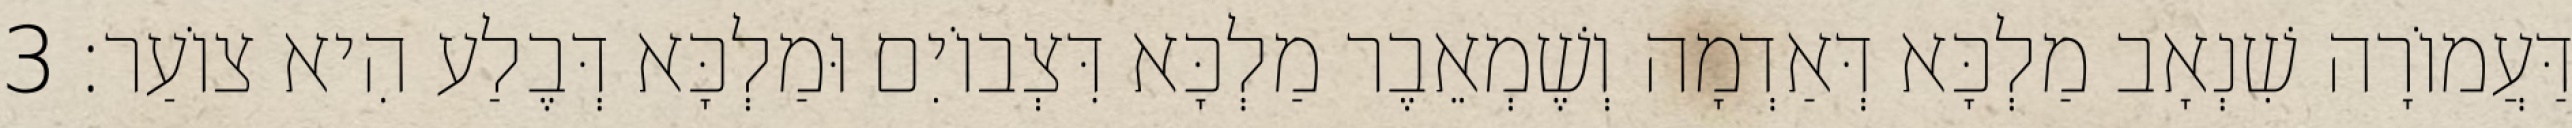
דַּעֲמוֹרָה שִׁנְאָב מַלְכָּא דְּאַדְמָה וְשֶׁמְאֵבֶר מַלְכָּא דִּצְבוֹיִם וּמַלְכָּא דְּבֶלַע הִיא צוֹעַר׃ 3